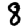
Digit: 8